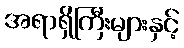
အရာရှိကြီးများနှင့်